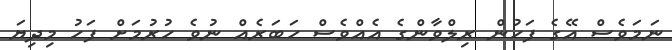
ނަމަވެސް އޭގެ ފަހުން ރިލްވާންގެ އެއްވެސް ހަބަރެއް ނުވެ ހުރުމަށް ފަހު މިދިޔަ